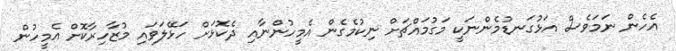
އެހެން ނަމަވެސް އަޅުގަނޑުމެންނަކީ މަގުމައްޗަށް ނިކުމެގެން އެމީހުންނާއި ދެކޮޅަށް ހަޅޭލަވައި މުޒާހިރާކޮށް އެމީހުން